Civil Veterinary Dept. Assam report 1911-1927 - 1911-1927
Year: 1911
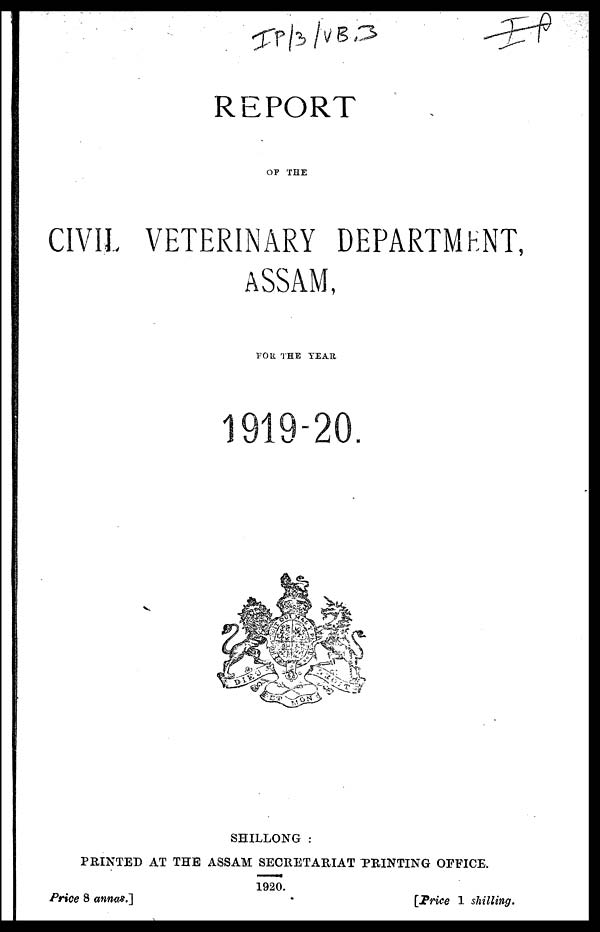
REPORT
OF THE
CIVIL VETERINARY DEPARTMENT,
ASSAM,
FOR THE YEAR
1919-20
SHILLONG :
PRINTED AT THE ASSAM SECRETARIAT PRINTING OFFICE.
1920.
Price 8 annas.]
[price 1 shilling.